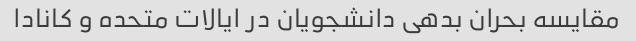
مقایسه بحران بدهی دانشجویان در ایالات متحده و کانادا